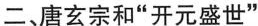
二、唐玄宗和”开元盛世”